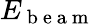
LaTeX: E_{\mathrm{~b~e~a~m~}}